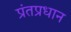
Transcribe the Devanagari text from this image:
प्रंतप्रधान